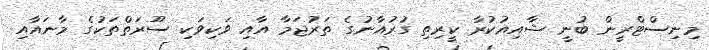
މިނިސްޓްރީން ބުނީ ޝާއިއުކުރާ ކީރިތި ގުރުއާނުގެ ތަރުޖަމާ އާއި ވަކިވަކި ސޫރަތްތަކުގެ މާނައާއި